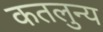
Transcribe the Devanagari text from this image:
कतलुन्य